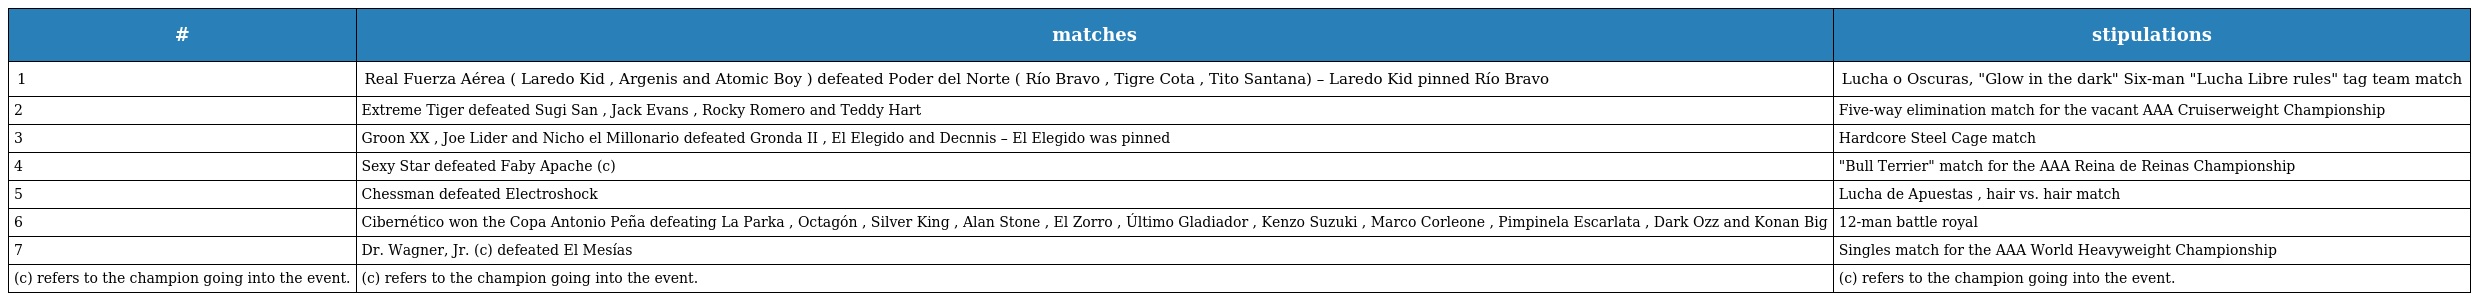
| # | matches | stipulations |
 | --- | --- | --- |
 | 1 | Real Fuerza Aérea ( Laredo Kid , Argenis and Atomic Boy ) defeated Poder del Norte ( Río Bravo , Tigre Cota , Tito Santana) – Laredo Kid pinned Río Bravo | Lucha o Oscuras, "Glow in the dark" Six-man "Lucha Libre rules" tag team match |
 | 2 | Extreme Tiger defeated Sugi San , Jack Evans , Rocky Romero and Teddy Hart | Five-way elimination match for the vacant AAA Cruiserweight Championship |
 | 3 | Groon XX , Joe Lider and Nicho el Millonario defeated Gronda II , El Elegido and Decnnis – El Elegido was pinned | Hardcore Steel Cage match |
 | 4 | Sexy Star defeated Faby Apache (c) | "Bull Terrier" match for the AAA Reina de Reinas Championship |
 | 5 | Chessman defeated Electroshock | Lucha de Apuestas , hair vs. hair match |
 | 6 | Cibernético won the Copa Antonio Peña defeating La Parka , Octagón , Silver King , Alan Stone , El Zorro , Último Gladiador , Kenzo Suzuki , Marco Corleone , Pimpinela Escarlata , Dark Ozz and Konan Big | 12-man battle royal |
 | 7 | Dr. Wagner, Jr. (c) defeated El Mesías | Singles match for the AAA World Heavyweight Championship |
 | (c) refers to the champion going into the event. | (c) refers to the champion going into the event. | (c) refers to the champion going into the event. |